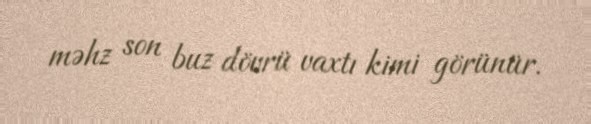
məhz son buz dövrü vaxtı kimi görünür.